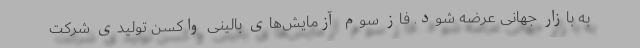
به بازار جهانی عرضه شود. فاز سوم آزمایش‌های بالینی واکسن تولیدی شرکت